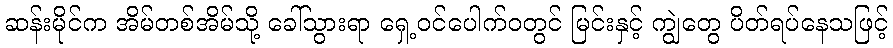
ဆန်းမိုင်က အိမ်တစ်အိမ်သို့ ခေါ်သွားရာ ရှေ့ဝင်ပေါက်ဝတွင် မြင်းနှင့် ကျွဲတွေ ပိတ်ရပ်နေသဖြင့်